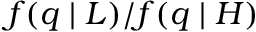
f ( q \mid L ) / f ( q \mid H )